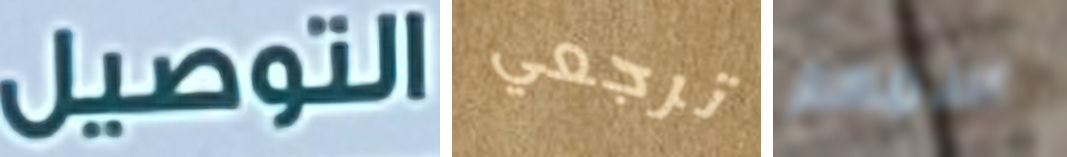
التوصيل ترجعي اسمهم